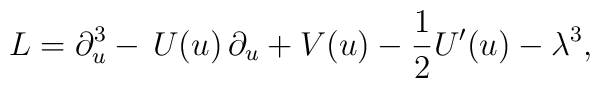
L=\partial_u^3-\,U(u)\,\partial_u+V(u)-\frac{1}{2} U'(u)-\lambda^3,